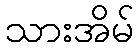
သားအိမ်